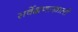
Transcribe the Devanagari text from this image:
सर्वेक्षणाखाली